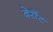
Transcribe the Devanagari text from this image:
बेसैंट